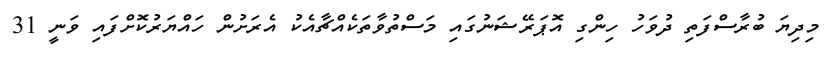
މިދިޔަ ބުރާސްފަތި ދުވަހު ހިންގި އޮޕަރޭޝަނުގައި މަސްތުވާތަކެއްޗާއެކު އެރަށުން ހައްޔަރުކޮށްފައި ވަނީ 31